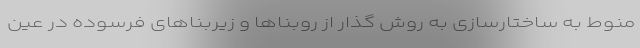
منوط به ساختارسازی به روش گذار از روبناها و زیربناهای فرسوده در عین